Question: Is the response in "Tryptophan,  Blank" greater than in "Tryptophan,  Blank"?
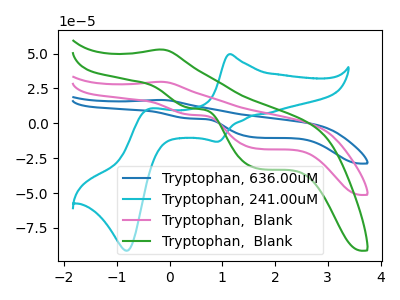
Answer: <think>The blue curve "Tryptophan, 636.00uM" has an anodic peak at (-0.20V, 59.55uA) and cathodic peaks at (0.40V, 12.30uA) (1.70V, -36.65uA). The cyan curve "Tryptophan, 241.00uM" has anodic peaks at (1.15V, 49.50uA) (-0.40V, 10.20uA) and cathodic peaks at (0.90V, -13.20uA) (-0.80V, -91.30uA). The pink curve "Tryptophan,  Blank" has an anodic peak at (-0.20V, 29.75uA) and cathodic peaks at (0.40V, 6.15uA) (1.70V, -18.35uA). The green curve "Tryptophan,  Blank" has an anodic peak at (-0.20V, 52.95uA) and cathodic peaks at (0.40V, 10.95uA) (1.70V, -32.60uA).
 All the peaks in "Tryptophan,  Blank" have a peak in "Tryptophan,  Blank" at the same potential.</think>
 <answer>I cant tell if "Tryptophan,  Blank" or "Tryptophan,  Blank" has more signal.</answer>
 <eval>mixed_signal</eval>